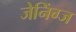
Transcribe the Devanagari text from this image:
जेनिंग्ज